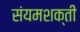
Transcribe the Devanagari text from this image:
संयमशक्ती